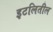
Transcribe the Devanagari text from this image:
इटलितील